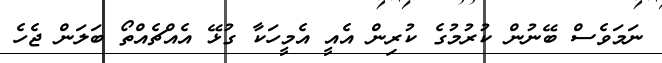
ނަމަވެސް ބޭނުން ކުރުމުގެ ކުރިން އެއީ އެމީހަކާ ގުޅޭ އެއްޗެއްތޯ ބަލަން ޖެހެ